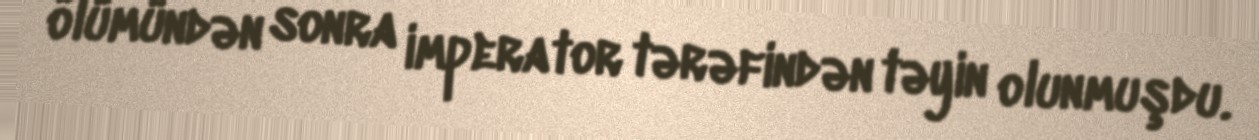
ölümündən sonra imperator tərəfindən təyin olunmuşdu.